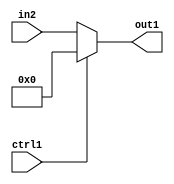
`timescale 1ps / 1ps
/*****************************************************************************
    Verilog RTL Description
    
    
    Created by: Stratus DpOpt 2019.1.01 
*******************************************************************************/

module pw_feature_addr_gen_Muxi0u8u1_4_1 (
	in2,
	ctrl1,
	out1
	); /* architecture "behavioural" */ 
input [7:0] in2;
input  ctrl1;
output [7:0] out1;
wire [7:0] asc001;

reg [7:0] asc001_tmp_0;
assign asc001 = asc001_tmp_0;
always @ (ctrl1 or in2) begin
	case (ctrl1)
		1'B1 : asc001_tmp_0 = 8'B00000000 ;
		default : asc001_tmp_0 = in2 ;
	endcase
end

assign out1 = asc001;
endmodule

/* CADENCE  uLT1TAw= : u9/ySgnWtBlWxVPRXgAZ4Og= ** DO NOT EDIT THIS LINE ******/